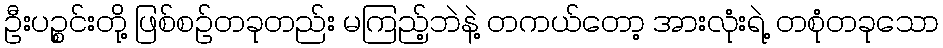
ဦးပဉ္စင်းတို့ ဖြစ်စဉ်တခုတည်း မကြည့်ဘဲနဲ့ တကယ်တော့ အားလုံးရဲ့ တစုံတခုသော